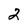
Character: 2